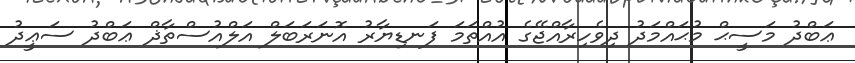
ޢަބްދު މަސީޙް މުޙައްމަދު ދިވެހިރާއްޖޭގެ އުއްތަމަ ފަނޑިޔާރު އޮނަރަބަލް އަލްއުސްތާޛް ޢަބްދު ސަޢީދު